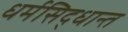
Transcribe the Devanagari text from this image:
धर्मसिद्धान्त